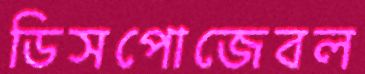
ডিসপোজেবল